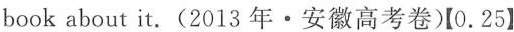
book about it.(2013 年·安徽高考卷)【0.25】